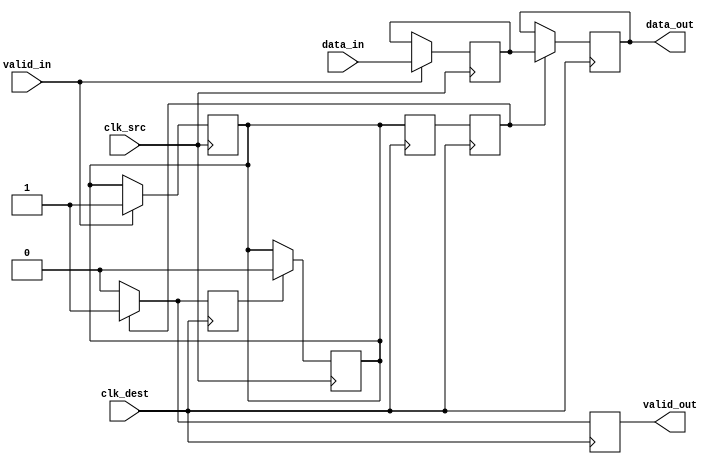
module handshake_synchronizer (
    input wire [7:0] data_in,      // Input data from source clock domain
    input wire valid_in,            // Valid signal for input data
    input wire clk_src,             // Clock signal for source domain
    input wire clk_dest,            // Clock signal for destination domain
    output reg [7:0] data_out,      // Synchronized output data in destination domain
    output reg valid_out            // Valid signal for output data
);

    // Internal signals
    reg [7:0] sync_data;            // Register to hold data during synchronization
    reg sync_valid;                 // Register to hold valid signal during synchronization
    reg ack;                        // Acknowledgment signal from destination domain

    // Source domain logic
    always @(posedge clk_src) begin
        if (valid_in) begin
            sync_data <= data_in;   // Latch data on valid input
            sync_valid <= 1'b1;     // Assert sync_valid
        end
    end

    // Destination domain logic
    reg sync_valid_d1, sync_valid_d2; // Double-flop synchronizer for sync_valid

    always @(posedge clk_dest) begin
        // Synchronize sync_valid signal
        sync_valid_d1 <= sync_valid;
        sync_valid_d2 <= sync_valid_d1;

        if (sync_valid_d2) begin
            data_out <= sync_data;  // Transfer data to output
            valid_out <= 1'b1;       // Assert valid_out
            ack <= 1'b1;             // Assert ack to source domain
        end else begin
            valid_out <= 1'b0;       // Deassert valid_out if sync_valid is not asserted
            ack <= 1'b0;             // Deassert ack
        end
    end

    // Acknowledge logic in source domain
    always @(posedge clk_src) begin
        if (ack) begin
            sync_valid <= 1'b0;      // Deassert sync_valid upon acknowledgment
        end
    end

endmodule